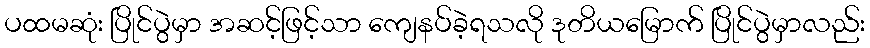
ပထမဆုံး ပြိုင်ပွဲမှာ အဆင့်ဖြင့်သာ ကျေနပ်ခဲ့ရသလို ဒုတိယမြောက် ပြိုင်ပွဲမှာလည်း